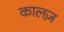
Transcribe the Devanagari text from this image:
कालज़